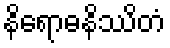
နိရောဓနိဿိတံ